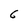
Character: 5